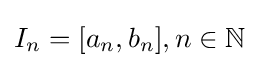
I_{n}=[a_{n},b_{n}],n\in \mathbb {N}